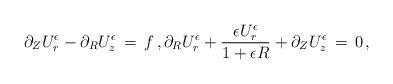
LaTeX: \begin{align*} \partial_Z U^\epsilon_r - \partial_R U^\epsilon_z \,=\, f\,, \partial_R U^\epsilon_r + \frac{\epsilon U^\epsilon_r}{1+\epsilon R} + \partial_Z U^\epsilon_z \,=\, 0\,,\end{align*}